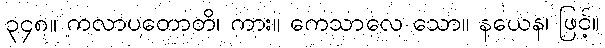
၃၄၈။ ကလာပတောတိ၊ ကား။ ကေသာလေ သော။ နယေန၊ ဖြင့်။